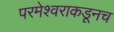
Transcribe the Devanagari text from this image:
परमेश्वराकडूनच